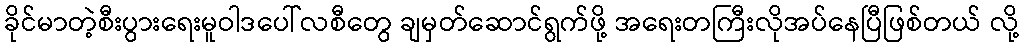
ခိုင်မာတဲ့စီးပွားရေးမူဝါဒပေါ်လစီတွေ ချမှတ်ဆောင်ရွက်ဖို့ အရေးတကြီးလိုအပ်နေပြီဖြစ်တယ် လို့